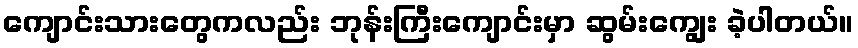
ကျောင်းသားတွေကလည်း ဘုန်းကြီးကျောင်းမှာ ဆွမ်းကျွေး ခဲ့ပါတယ်။